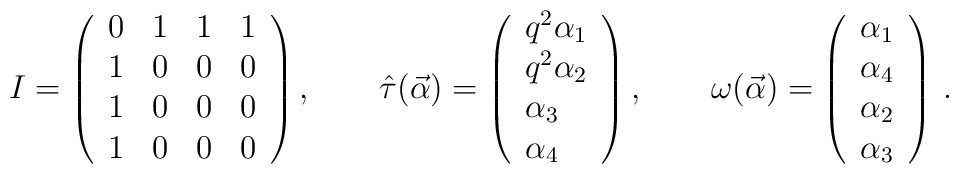
I=\left( \begin{array}{llll}0 & 1 & 1 & 1 \\ 1 & 0 & 0 & 0 \\ 1 & 0 & 0 & 0 \\ 1 & 0 & 0 & 0\end{array}\right) ,\quad \quad \hat{\tau}(\vec{\alpha})=\left( \begin{array}{l}q^{2}\alpha _{1} \\ q^{2}\alpha _{2} \\ \alpha _{3} \\ \alpha _{4}\end{array}\right) ,\quad \quad \omega (\vec{\alpha})=\left( \begin{array}{l}\alpha _{1} \\ \alpha _{4} \\ \alpha _{2} \\ \alpha _{3}\end{array}\right) \,.